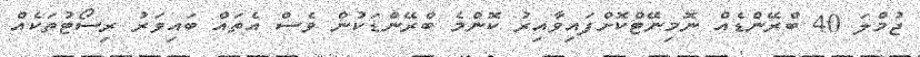
ޖުމްލަ 40 ބްރޭންޑެއް ނޮމިނޭޓްކޮށްފައިވާއިރު ކޮންމެ ބްރޭންޑަކުން ވެސް އެތައް ބައިވަރު ރިސޯޓުތަކެއް